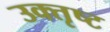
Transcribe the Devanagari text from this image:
उक्तृष्ट